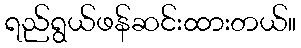
ရည်ရွယ်ဖန်ဆင်းထားတယ်။